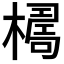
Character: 𣚑